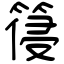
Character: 䈜